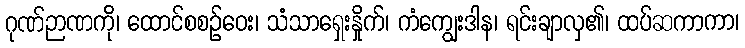
ဂုဏ်ဉာဏကို၊ ထောင်စစဉ်ဝေး၊ သံသာရှေးနှိုက်၊ ကံကျွေးဒါန၊ ရင်းချာလှ၏၊ ထပ်ဆကာကာ၊